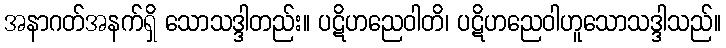
အနာဂတ်အနက်ရှိ သောသဒ္ဒါတည်း။ ပဋိဟညေဝါတိ၊ ပဋိဟညေဝါဟူသောသဒ္ဒါသည်။